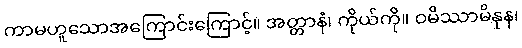
ကာမဟူသောအကြောင်းကြောင့်။ အတ္တာနံ၊ ကိုယ်ကို။ ဝမိဿာမိနုန၊